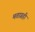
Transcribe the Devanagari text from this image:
मताग्रही